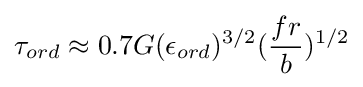
\tau _{ord}\approx 0.7G(\epsilon _{ord})^{3/2}({\frac {fr}{b}})^{1/2}